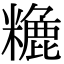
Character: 𥼗